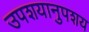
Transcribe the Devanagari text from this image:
उपशयानुपशय